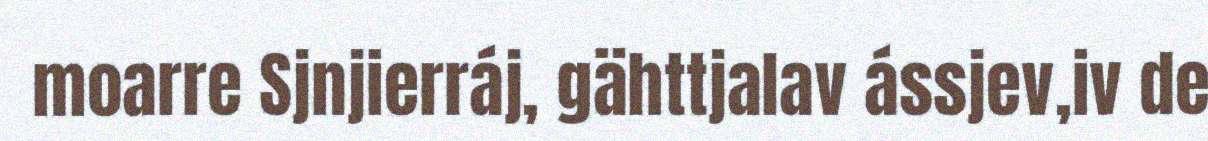
moarre Sjnjierráj, gähttjalav ássjev,iv de